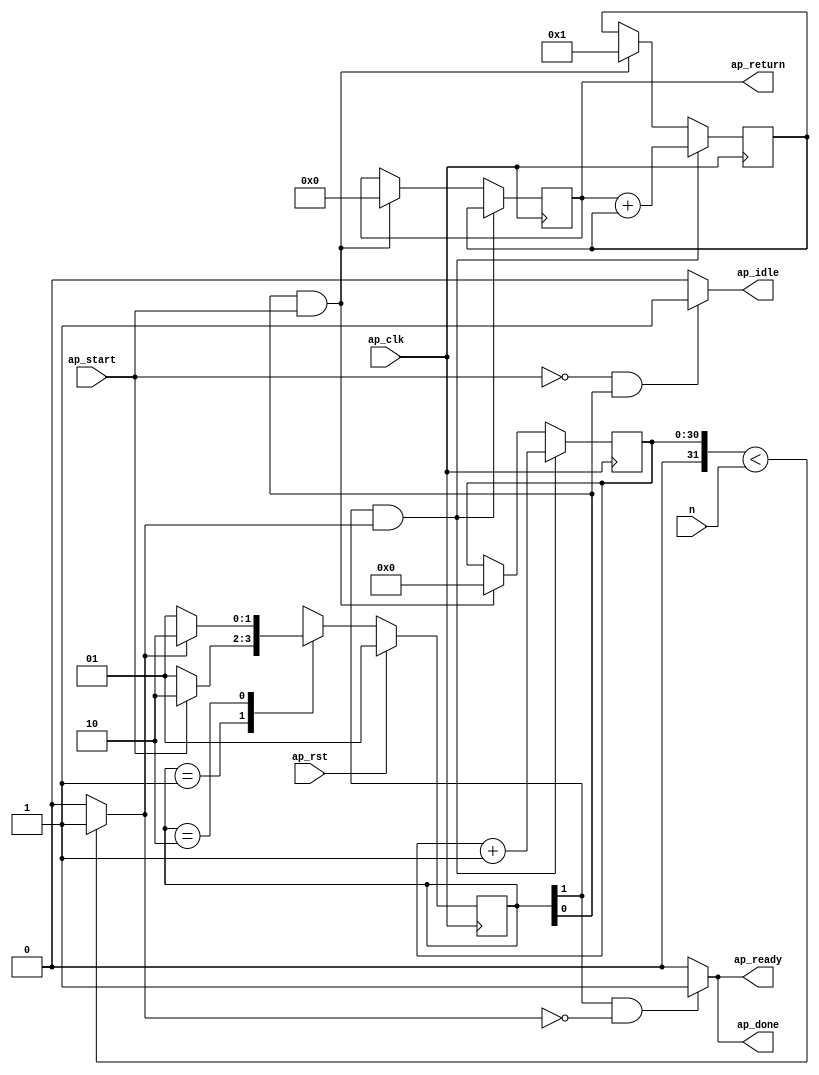
module fib (
        ap_clk,
        ap_rst,
        ap_start,
        ap_done,
        ap_idle,
        ap_ready,
        n,
        ap_return
);

parameter    ap_ST_fsm_state1 = 2'b1;
parameter    ap_ST_fsm_state2 = 2'b10;
parameter    ap_const_lv32_0 = 32'b00000000000000000000000000000000;
parameter    ap_const_lv32_1 = 32'b1;
parameter    ap_const_lv64_1 = 64'b1;
parameter    ap_const_lv64_0 = 64'b0000000000000000000000000000000000000000000000000000000000000000;
parameter    ap_const_lv31_0 = 31'b0000000000000000000000000000000;
parameter    ap_const_lv31_1 = 31'b1;

input   ap_clk;
input   ap_rst;
input   ap_start;
output   ap_done;
output   ap_idle;
output   ap_ready;
input  [31:0] n;
output  [63:0] ap_return;

reg ap_done;
reg ap_idle;
reg ap_ready;

(* fsm_encoding = "none" *) reg   [1:0] ap_CS_fsm;
wire   [0:0] ap_CS_fsm_state1;
wire   [30:0] i_1_fu_68_p2;
wire   [0:0] ap_CS_fsm_state2;
wire   [63:0] next_fu_74_p2;
wire   [0:0] tmp_fu_63_p2;
reg   [63:0] curr_reg_24;
reg   [63:0] prev_reg_36;
reg   [30:0] i_reg_48;
wire   [31:0] i_cast_fu_59_p1;
reg   [1:0] ap_NS_fsm;

// power-on initialization
initial begin
#0 ap_CS_fsm = 2'b1;
end

always @ (posedge ap_clk) begin
    if (ap_rst == 1'b1) begin
        ap_CS_fsm <= ap_ST_fsm_state1;
    end else begin
        ap_CS_fsm <= ap_NS_fsm;
    end
end

always @ (posedge ap_clk) begin
    if (((1'b1 == ap_CS_fsm_state2) & ~(tmp_fu_63_p2 == 1'b0))) begin
        curr_reg_24 <= next_fu_74_p2;
    end else if (((ap_CS_fsm_state1 == 1'b1) & ~(ap_start == 1'b0))) begin
        curr_reg_24 <= ap_const_lv64_1;
    end
end

always @ (posedge ap_clk) begin
    if (((1'b1 == ap_CS_fsm_state2) & ~(tmp_fu_63_p2 == 1'b0))) begin
        i_reg_48 <= i_1_fu_68_p2;
    end else if (((ap_CS_fsm_state1 == 1'b1) & ~(ap_start == 1'b0))) begin
        i_reg_48 <= ap_const_lv31_0;
    end
end

always @ (posedge ap_clk) begin
    if (((1'b1 == ap_CS_fsm_state2) & ~(tmp_fu_63_p2 == 1'b0))) begin
        prev_reg_36 <= curr_reg_24;
    end else if (((ap_CS_fsm_state1 == 1'b1) & ~(ap_start == 1'b0))) begin
        prev_reg_36 <= ap_const_lv64_0;
    end
end

always @ (*) begin
    if (((1'b1 == ap_CS_fsm_state2) & (tmp_fu_63_p2 == 1'b0))) begin
        ap_done = 1'b1;
    end else begin
        ap_done = 1'b0;
    end
end

always @ (*) begin
    if (((1'b0 == ap_start) & (ap_CS_fsm_state1 == 1'b1))) begin
        ap_idle = 1'b1;
    end else begin
        ap_idle = 1'b0;
    end
end

always @ (*) begin
    if (((1'b1 == ap_CS_fsm_state2) & (tmp_fu_63_p2 == 1'b0))) begin
        ap_ready = 1'b1;
    end else begin
        ap_ready = 1'b0;
    end
end

always @ (*) begin
    case (ap_CS_fsm)
        ap_ST_fsm_state1 : begin
            if (~(ap_start == 1'b0)) begin
                ap_NS_fsm = ap_ST_fsm_state2;
            end else begin
                ap_NS_fsm = ap_ST_fsm_state1;
            end
        end
        ap_ST_fsm_state2 : begin
            if ((tmp_fu_63_p2 == 1'b0)) begin
                ap_NS_fsm = ap_ST_fsm_state1;
            end else begin
                ap_NS_fsm = ap_ST_fsm_state2;
            end
        end
        default : begin
            ap_NS_fsm = 'bx;
        end
    endcase
end

assign ap_CS_fsm_state1 = ap_CS_fsm[ap_const_lv32_0];

assign ap_CS_fsm_state2 = ap_CS_fsm[ap_const_lv32_1];

assign ap_return = prev_reg_36;

assign i_1_fu_68_p2 = (i_reg_48 + ap_const_lv31_1);

assign i_cast_fu_59_p1 = i_reg_48;

assign next_fu_74_p2 = (prev_reg_36 + curr_reg_24);

assign tmp_fu_63_p2 = (($signed(i_cast_fu_59_p1) < $signed(n)) ? 1'b1 : 1'b0);

endmodule